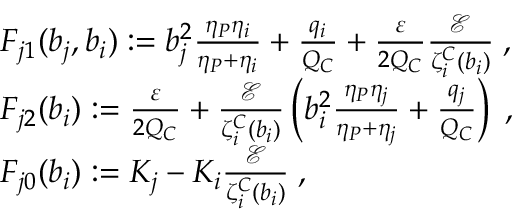
\begin{array} { r l } & { F _ { j 1 } ( b _ { j } , b _ { i } ) : = b _ { j } ^ { 2 } \frac { \eta _ { P } \eta _ { i } } { \eta _ { P } + \eta _ { i } } + \frac { q _ { i } } { Q _ { C } } + \frac { \varepsilon } { 2 Q _ { C } } \frac { \mathcal { E } } { \zeta _ { i } ^ { C } ( b _ { i } ) } \; , } \\ & { F _ { j 2 } ( b _ { i } ) : = \frac { \varepsilon } { 2 Q _ { C } } + \frac { \mathcal { E } } { \zeta _ { i } ^ { C } ( b _ { i } ) } \left( b _ { i } ^ { 2 } \frac { \eta _ { P } \eta _ { j } } { \eta _ { P } + \eta _ { j } } + \frac { q _ { j } } { Q _ { C } } \right) \; , } \\ & { F _ { j 0 } ( b _ { i } ) : = K _ { j } - K _ { i } \frac { \mathcal { E } } { \zeta _ { i } ^ { C } ( b _ { i } ) } \; , } \end{array}